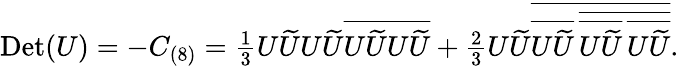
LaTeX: \begin{array}{r}{\mathrm{Det}(U)=-C_{(8)}=\frac{1}{3}U\widetilde{U}U\widetilde{U}\overline{{U\widetilde{U}U\widetilde{U}}}+\frac{2}{3}U\widetilde{U}\overline{{\overline{{U\widetilde{U}}}\, \overline{{\overline{{U\widetilde{U}}}\, \overline{{U\widetilde{U}}}}}}}.}\end{array}